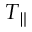
T _ { \parallel }